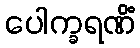
ပေါက္ခရဏိံ